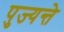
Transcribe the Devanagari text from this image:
पुज्यन्ते